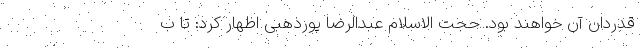
قدردان آن خواهند بود. حجت الاسلام عبدالرضا پورذهبی اظهار کرد: تا ب